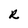
Character: R